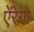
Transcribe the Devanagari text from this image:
ऐंरेगो